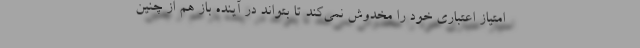
امتیاز اعتباری خود را مخدوش نمی‌کند تا بتواند در آینده باز هم از چنین